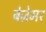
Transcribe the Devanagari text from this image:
बेज़ेमर